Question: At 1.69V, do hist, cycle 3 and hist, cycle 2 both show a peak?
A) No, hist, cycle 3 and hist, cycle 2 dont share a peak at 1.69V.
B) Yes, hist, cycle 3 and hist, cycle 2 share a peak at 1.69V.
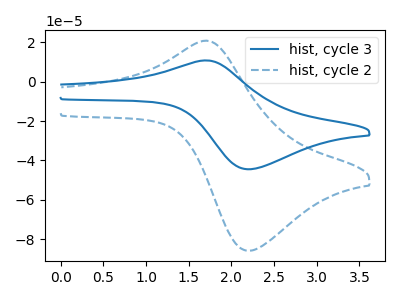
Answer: <think>The blue curve "hist, cycle 3" has an anodic peak at (1.70V, 10.70uA) and a cathodic peak at (2.20V, -44.45uA). The blue dashed curve "hist, cycle 2" has an anodic peak at (1.70V, 20.70uA) and a cathodic peak at (2.20V, -85.75uA).</think>
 <answer>B) Yes, "hist, cycle 3" and "hist, cycle 2" share a peak at 1.69V.</answer>
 <eval>B</eval>